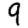
Digit: 9